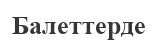
Балеттерде